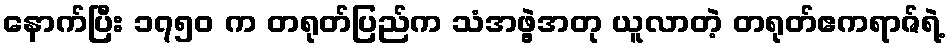
နောက်ပြီး ၁၇၅၀ က တရုတ်ပြည်က သံအဖွဲ့အတု ယူလာတဲ့ တရုတ်ဧကရာဇ်ရဲ့